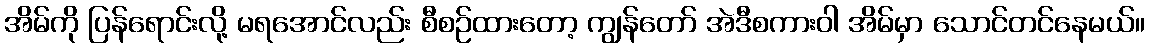
အိမ်ကို ပြန်ရောင်းလို့ မရအောင်လည်း စီစဉ်ထားတော့ ကျွန်တော် အဲဒီစကားဝါ အိမ်မှာ သောင်တင်နေမယ်။